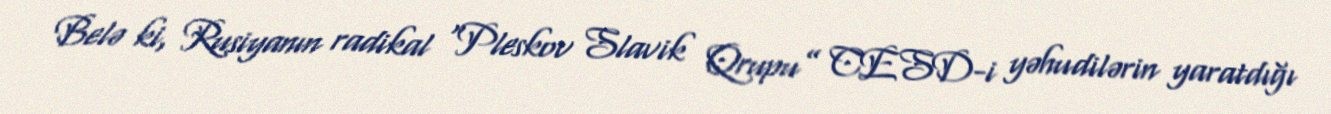
Belə ki, Rusiyanın radikal “Pleskov Slavik Qrupu” CESD-i yəhudilərin yaratdığı